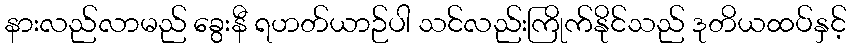
နားလည်လာမည် ခွေးနီ ရဟတ်ယာဉ်ပါ သင်လည်းကြိုက်နိုင်သည် ဒုတိယထပ်နှင့်